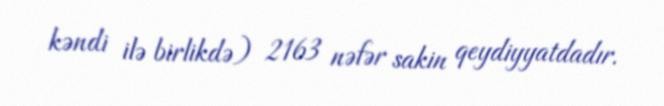
kəndi ilə birlikdə) 2163 nəfər sakin qeydiyyatdadır.